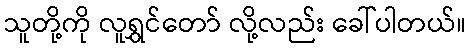
သူတို့ကို လူရွှင်တော် လို့လည်း ခေါ်ပါတယ်။